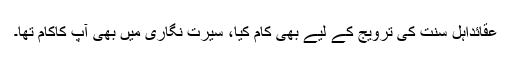
عقائداہل سنت کی ترویج کے لیے بھی کام کیا، سیرت نگاری میں بھی آپ کاکام تھا۔